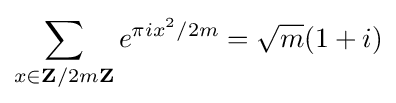
\sum _{x\in \mathbf {Z} /2m\mathbf {Z} }e^{\pi ix^{2}/2m}={\sqrt {m}}(1+i)